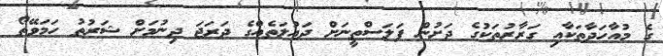
ގެ މުއާހަދާތަކާއި ގަރާރުތަކުގެ ދަށުން ފަލަސްތީނަށް ދައުލަތެއްގެ ދަރަޖަ ދިނުމަށް ޝަރުތު ހަމަވޭތޯ